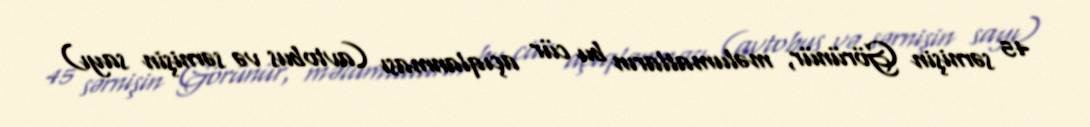
45 sərnişin Görünür, məlumatların bu cür açıqlanması (avtobus və sərnişin sayı)